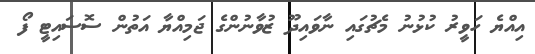
އިއްޔެ ހަވީރު ކުޅުނު މެޗުގައި ނާވައިދޫ ޒުވާނުންގެ ޖަމިއްޔާ އަތުން ސޮސައިޓީ ފޯ